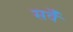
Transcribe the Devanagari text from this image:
सर्वँ